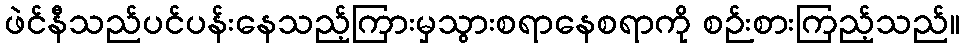
ဖဲင်နီသည်ပင်ပန်းနေသည့်ကြားမှသွားစရာနေစရာကို စဉ်းစားကြည့်သည်။